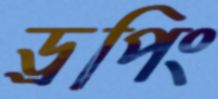
ড্রপিং